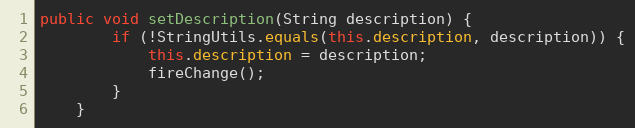
Language: Java
public void setDescription(String description) {
		if (!StringUtils.equals(this.description, description)) {
			this.description = description;
			fireChange();
		}
	}